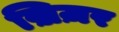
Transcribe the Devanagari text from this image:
ख़िज़र